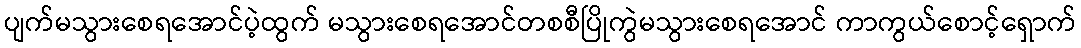
ပျက်မသွားစေရအောင်ပဲ့ထွက် မသွားစေရအောင်တစစီပြိုကွဲမသွားစေရအောင် ကာကွယ်စောင့်ရှောက်